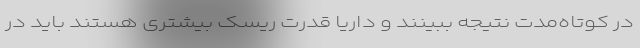
در کوتاه‌مدت نتیجه ببینند و داریا قدرت ریسک بیشتری هستند باید در